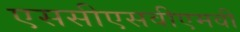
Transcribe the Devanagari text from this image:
एससीएसवीएमवी